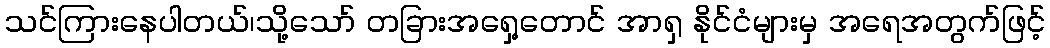
သင်ကြားနေပါတယ်၊သို့သော် တခြားအရှေ့တောင် အာရှ နိုင်ငံများမှ အရေအတွက်ဖြင့်